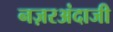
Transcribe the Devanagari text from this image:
नज़रअंदाजी